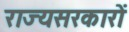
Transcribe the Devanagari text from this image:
राज्यसरकारों